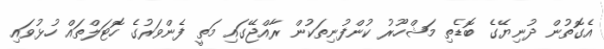
އެގޮތުން ދުނިޔޭގެ ބޮޑެތި މަޝްހޫރު ކުންފުނިތަކުން ރާއްޖޭގައި މަތީ ފެންވަރުގެ ހޮޓަލްތައް ހުޅުވައި